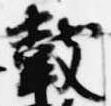
鼓